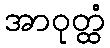
အာဝုတ္ထံ